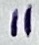
Text: 11